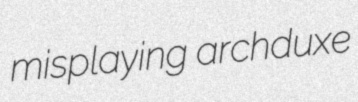
misplaying archduxe